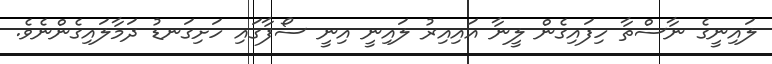
ލައިނީގެ ނާސްތާ ހިފައިގެން ލީނާ އައިއިރު ލައިނީ އިނީ ސޯފާގައި ހަށިގަނޑު ދަމާލައިގެންނެވެ.